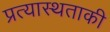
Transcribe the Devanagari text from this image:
प्रत्यास्थताकी